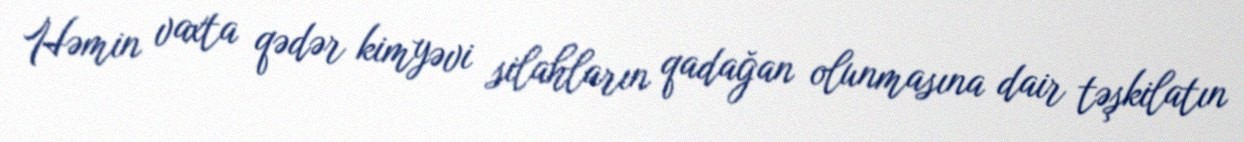
Həmin vaxta qədər kimyəvi silahların qadağan olunmasına dair təşkilatın